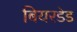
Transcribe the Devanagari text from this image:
बियरडेड